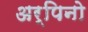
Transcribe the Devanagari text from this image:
अर्पिनो